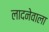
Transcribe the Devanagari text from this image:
लादनेवाला